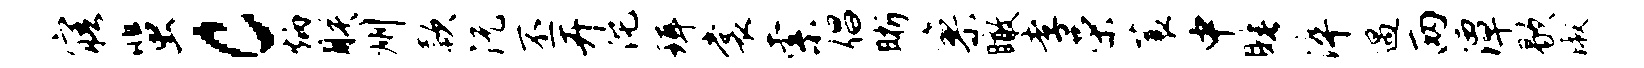
寤蜚c炳朕州款沅丕卉沱珥裳索倡晰寥瞰孝荣蓑中睡淬遇两潭歇淑